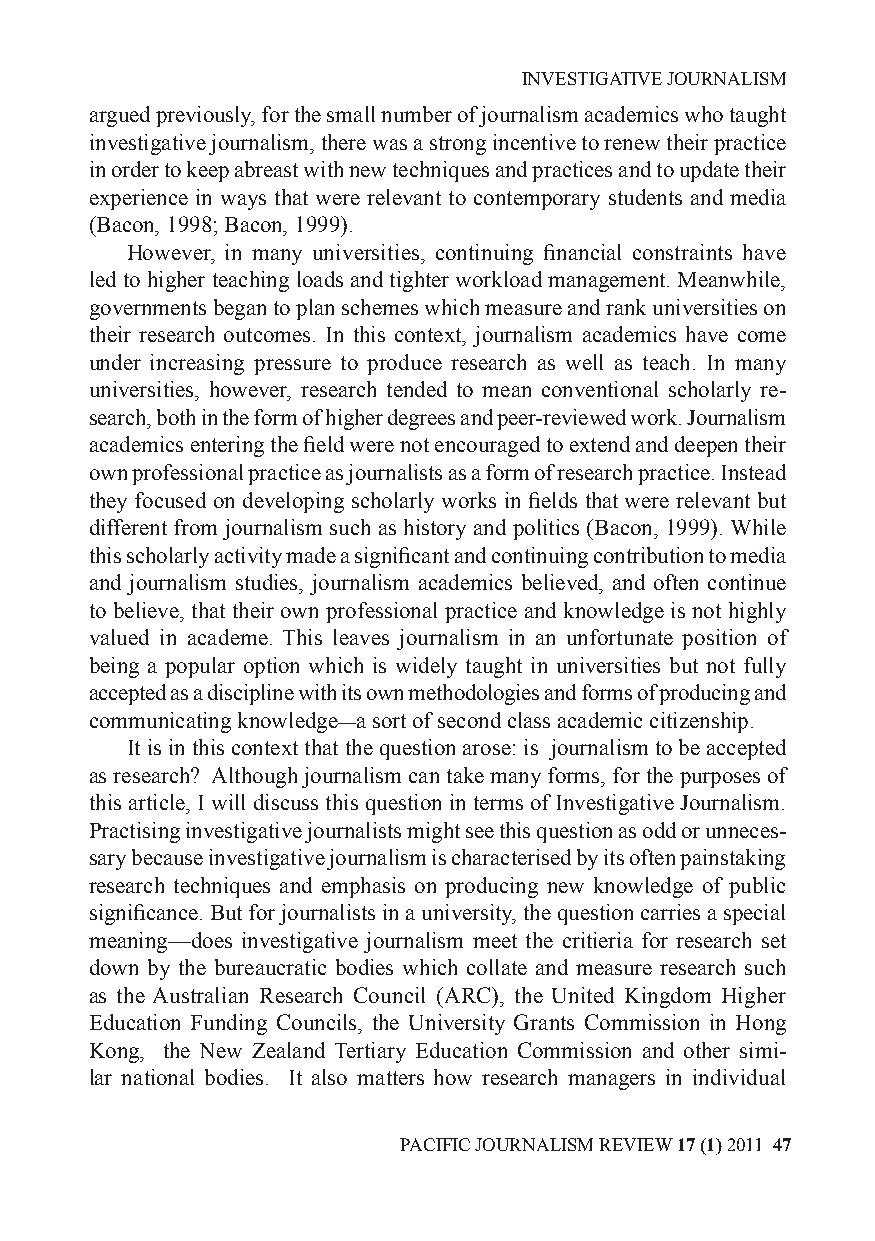
INVESTIGATIVE JOURNALISM
 argued previously, for the small number of journalism academics who taught
 investigative journalism, there was a strong incentive to renew their practice
 in order to keep abreast with new techniques and practices and to update their
 experience in ways that were relevant to contemporary students and media
 (Bacon, 1998; Bacon, 1999).
 However, in many universities, continuing financial constraints have
 led to higher teaching loads and tighter workload management. Meanwhile,
 governments began to plan schemes which measure and rank universities on
 their research outcomes. In this context, journalism academics have come
 under increasing pressure to produce research as well as teach. In many
 universities, however, research tended to mean conventional scholarly re-
 search, both in the form of higher degrees and peer-reviewed work. Journalism
 academics entering the field were not encouraged to extend and deepen their
 own professional practice as journalists as a form of research practice. Instead
 they focused on developing scholarly works in fields that were relevant but
 different from journalism such as history and politics (Bacon, 1999). While
 this scholarly activity made a significant and continuing contribution to media
 and journalism studies, journalism academics believed, and often continue
 to believe, that their own professional practice and knowledge is not highly
 valued in academe. This leaves journalism in an unfortunate position of
 being a popular option which is widely taught in universities but not fully
 accepted as a discipline with its own methodologies and forms of producing and
 communicating knowledge—a sort of second class academic citizenship.
 It is in this context that the question arose: is journalism to be accepted
 as research? Although journalism can take many forms, for the purposes of
 this article, I will discuss this question in terms of Investigative Journalism.
 Practising investigative journalists might see this question as odd or unneces-
 sary because investigative journalism is characterised by its often painstaking
 research techniques and emphasis on producing new knowledge of public
 significance. But for journalists in a university, the question carries a special
 meaning—does investigative journalism meet the critieria for research set
 down by the bureaucratic bodies which collate and measure research such
 as the Australian Research Council (ARC), the United Kingdom Higher
 Education Funding Councils, the University Grants Commission in Hong
 Kong, the New Zealand Tertiary Education Commission and other simi-
 lar national bodies. It also matters how research managers in individual
 PACIFIC JOURNALISM REVIEW 17 (1) 2011 47